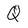
Character: Q